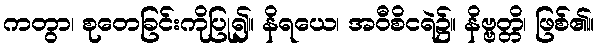
ကတွာ၊ စုတေခြင်းကိုပြု၍။ နိရယေ၊ အဝီစိငရဲ၌။ နိဗ္ဗတ္တိ၊ ဖြစ်၏။